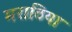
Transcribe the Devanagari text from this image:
मराठिया